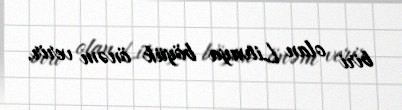
biri olan Litvaya böyük önəm verir.